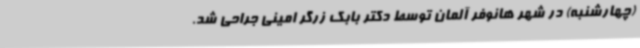
(چهارشنبه) در شهر هانوفر آلمان توسط دکتر بابک زرگر امینی جراحی شد.